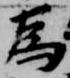
為